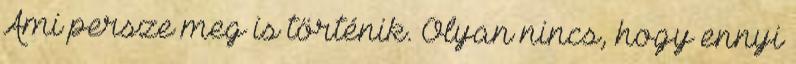
Ami persze meg is történik. Olyan nincs, hogy ennyi